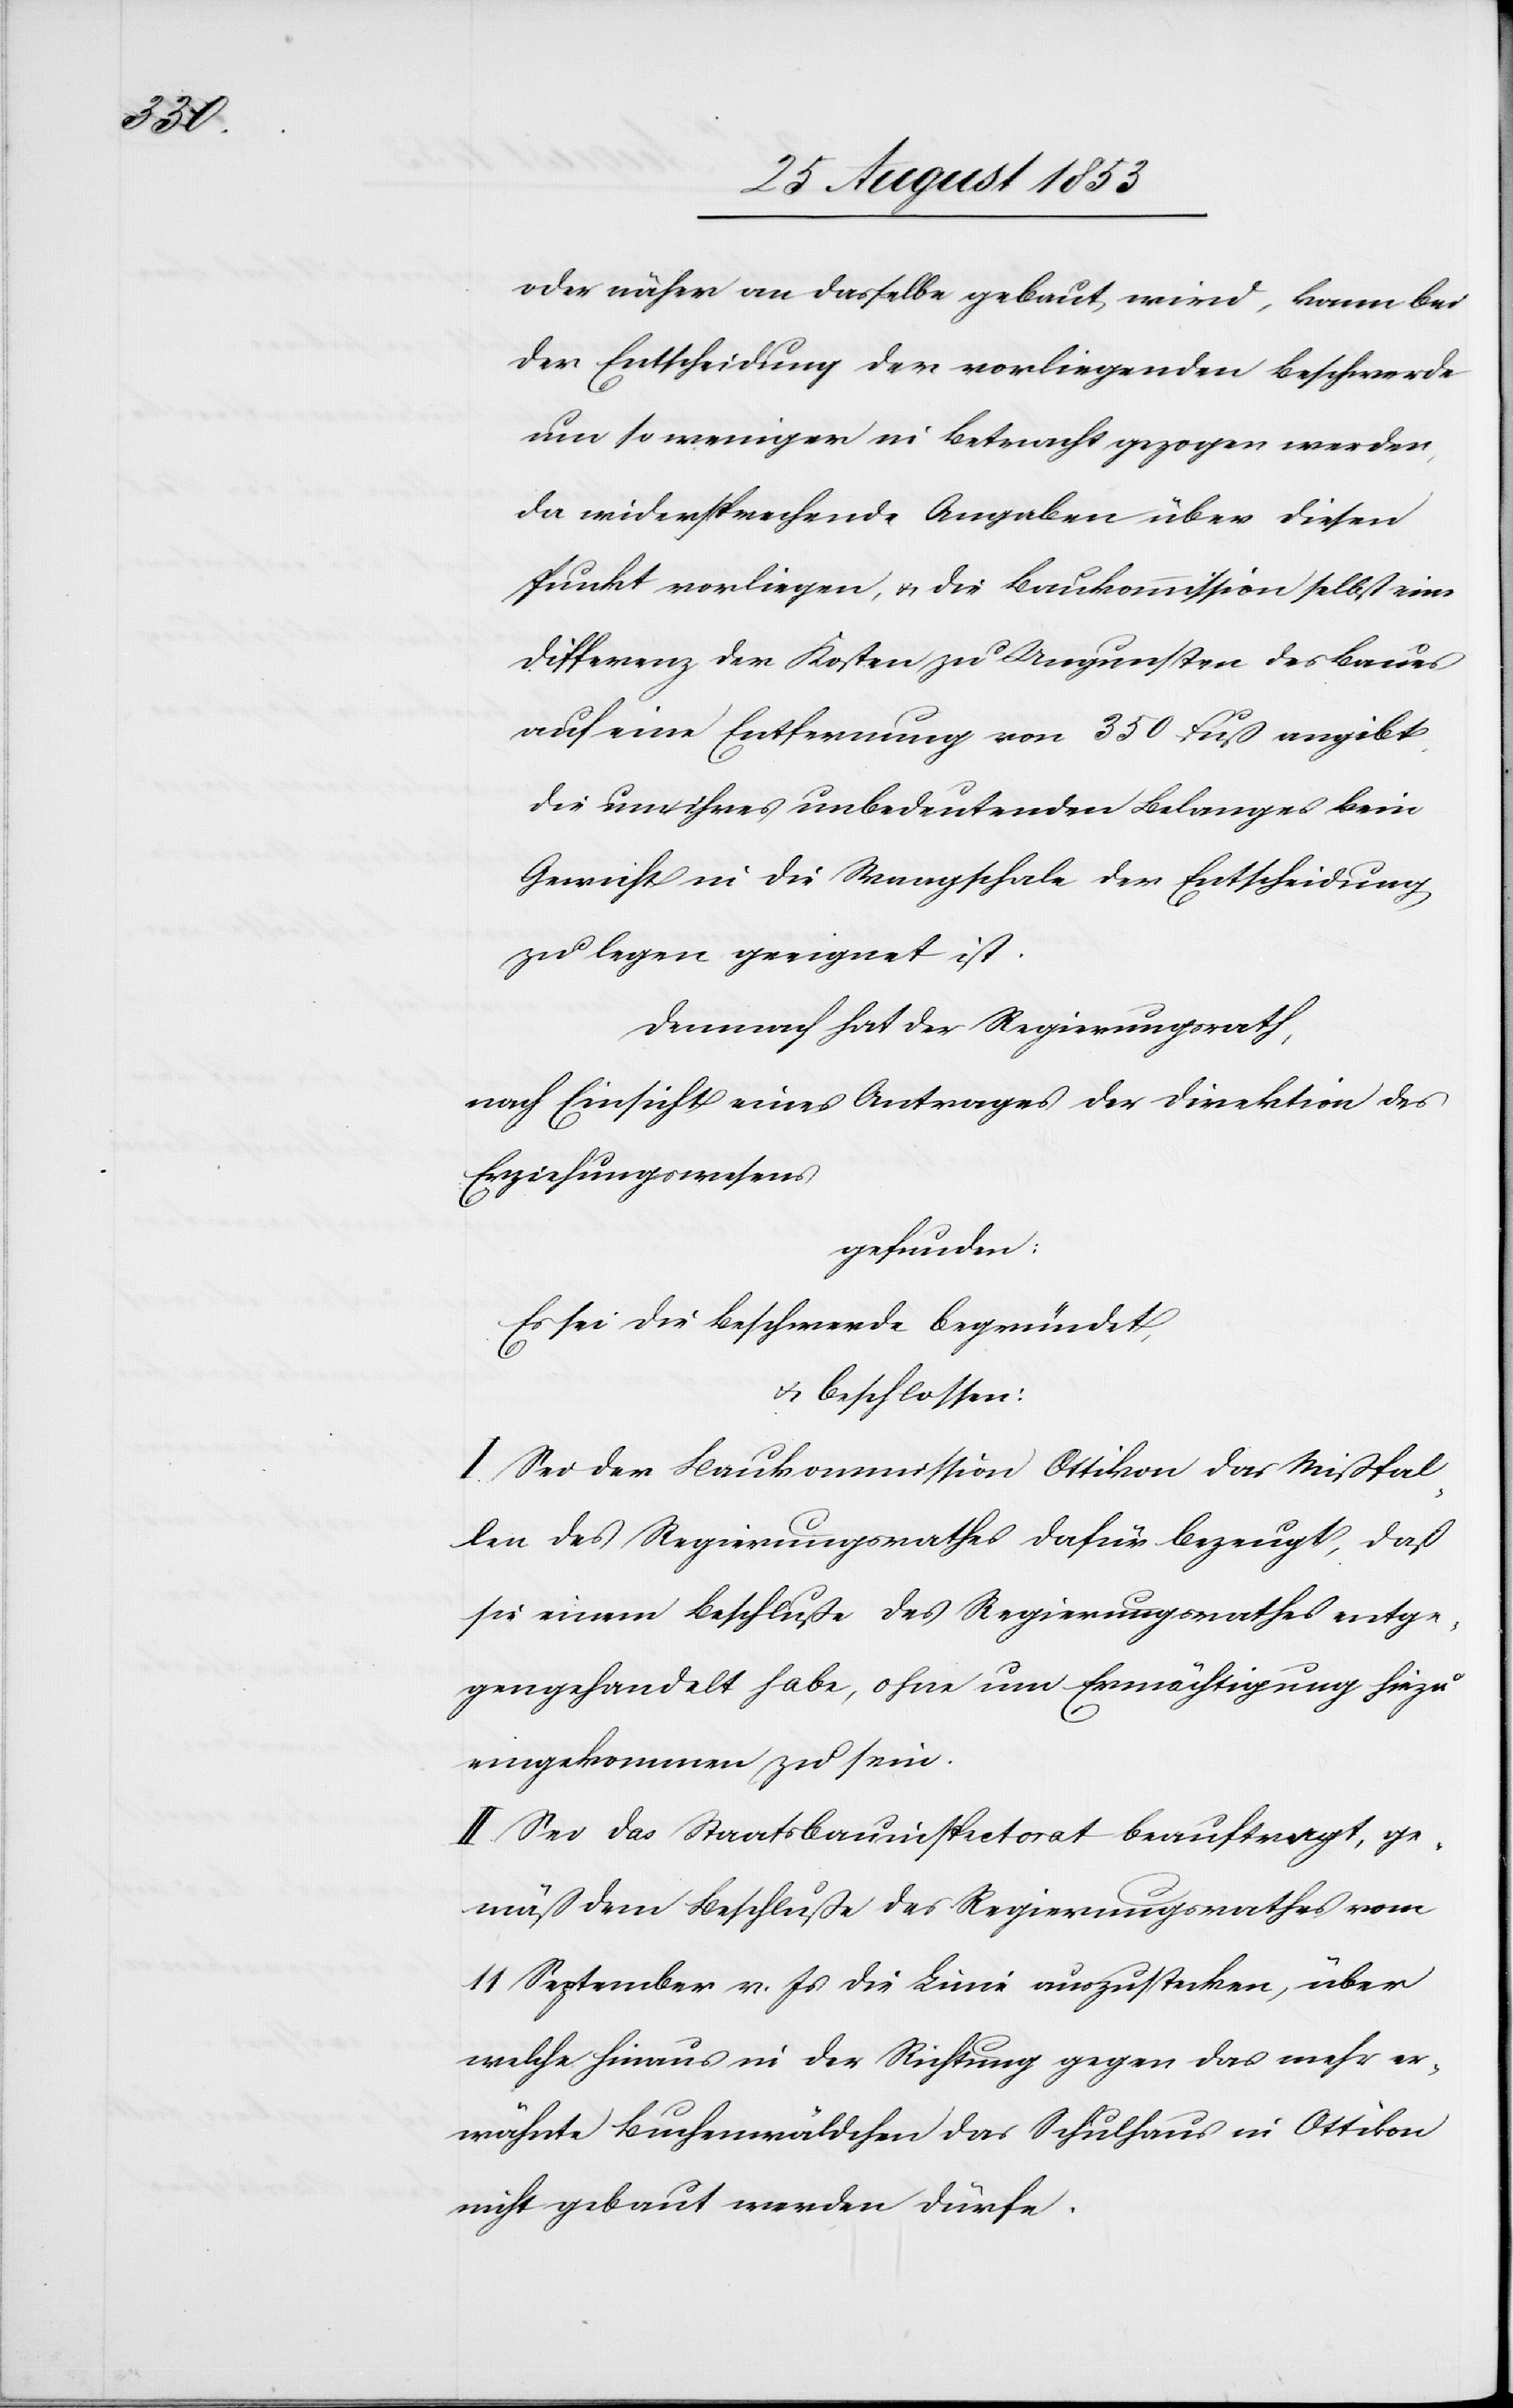
oder näher an dasselbe gebaut, wird, kann bei
der Entscheidung der vorliegenden Beschwerde
um so weniger in Betracht gezogen werden
da widersprechende Angaben über diesen
Punkt vorliegen, u. die Baukommission selbst eine
Differenz der Kosten zu Ungunsten des Baues
auf eine Entfernung von 350 Fuß angibt,
die um ihres unbedeutenden Belanges kein
Gewicht in die Waagschale der Entscheidung
zu legen geeignet ist.
Demnach hat der Regierungsrath,
nach Einsicht eines Antrages der Direktion des
Erziehungswesens
gefunden:
Es sei die Beschwerde begründet,
u. beschlossen:
I. Sei der Baukommission Ottikon das Mißfal¬
len des Regierungsrathes dafür bezeugt, daß
sie einem Beschluße des Regierungsrathes entge¬
gengehandelt habe, ohne um Ermächtigung hiezu
eingekommen zu sein.
II. Sei das Staatsbauinspectorat beauftragt, ge¬
mäß dem Beschluße des Regierungsrathes vom
11 September v. Js. die Linie auszustecken, über
welche hinaus in der Richtung gegen das mehr er¬
wähnte Buchenwäldchen das Schulhaus in Ottikon
nicht gebaut werden dürfe.